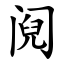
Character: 阋